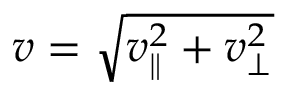
v = \sqrt { v _ { \parallel } ^ { 2 } + v _ { \perp } ^ { 2 } }